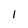
Character: I